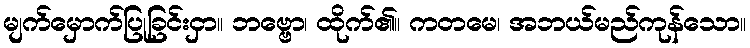
မျက်မှောက်ပြုခြင်းငှာ။ ဘဗ္ဗော၊ ထိုက်၏။ ကတမေ၊ အဘယ်မည်ကုန်သော။